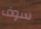
سوف